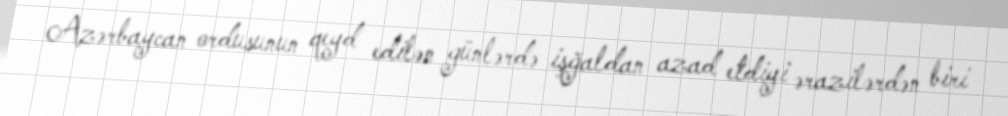
Azərbaycan ordusunun qeyd edilən günlərdə işğaldan azad etdiyi ərazilərdən biri